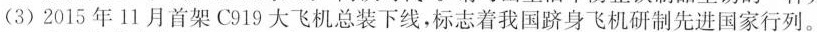
(3)2015年11月首架C919大飞机总装下线，标志着我国跻身飞机研制先进国家行列。